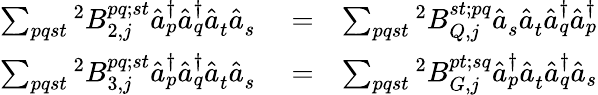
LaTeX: \begin{array}{rlr}{\sum_{pqst}{^{2}B_{2,j}^{pq;st}{\hat{a}}_{p}^{\dagger}{\hat{a}}_{q}^{\dagger}{\hat{a}}_{t}^{}{\hat{a}}_{s}^{}}}&{{}=}&{\sum_{pqst}{^{2}B_{Q,j}^{st;pq}{\hat{a}}_{s}^{}{\hat{a}}_{t}^{}{\hat{a}}_{q}^{\dagger}{\hat{a}}_{p}^{\dagger}}}\\ {\sum_{pqst}{^{2}B_{3,j}^{pq;st}{\hat{a}}_{p}^{\dagger}{\hat{a}}_{q}^{\dagger}{\hat{a}}_{t}^{}{\hat{a}}_{s}^{}}}&{{}=}&{\sum_{pqst}{^{2}B_{G,j}^{pt;sq}{\hat{a}}_{p}^{\dagger}{\hat{a}}_{t}^{}{\hat{a}}_{q}^{\dagger}{\hat{a}}_{s}}}\end{array}